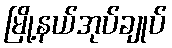
မြို့နယ်အုပ်ချုပ်